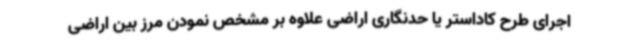
اجرای طرح کاداستر یا حدنگاری اراضی علاوه بر مشخص نمودن مرز بین اراضی